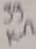
Text: 39KΩ